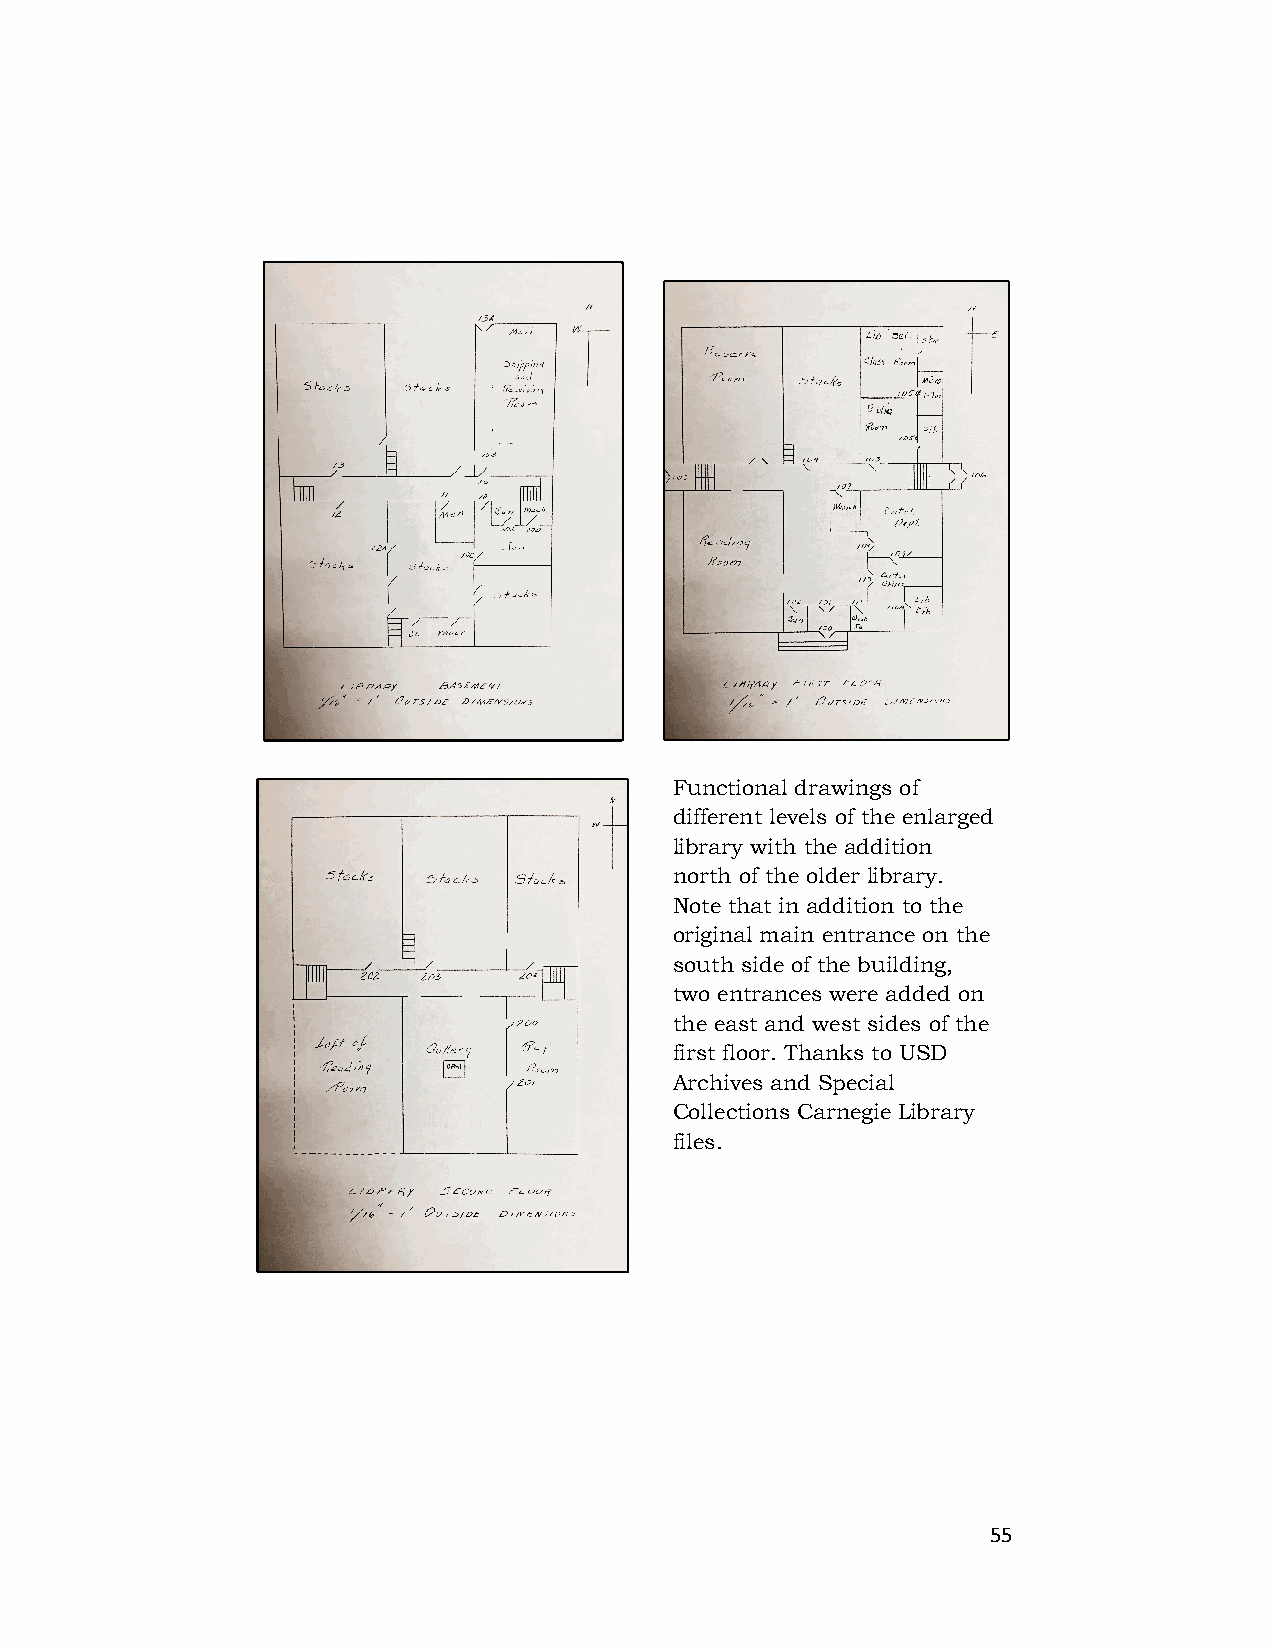
Functional drawings of
 different levels of the enlarged
 library with the addition
 north of the older library.
 Note that in addition to the
 original main entrance on the
 south side of the building,
 two entrances were added on
 the east and west sides of the
 first floor. Thanks to USD
 Archives and Special
 Collections Carnegie Library
 files.
 55